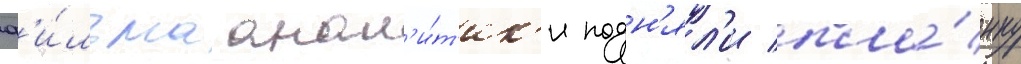
ф'и́льма анал'и́т'ик'и подн'ял'и пла́нку